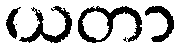
ယတာ